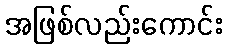
အဖြစ်လည်းကောင်း